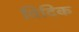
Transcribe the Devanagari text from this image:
विदिक